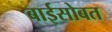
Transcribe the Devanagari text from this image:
बाईसोबत